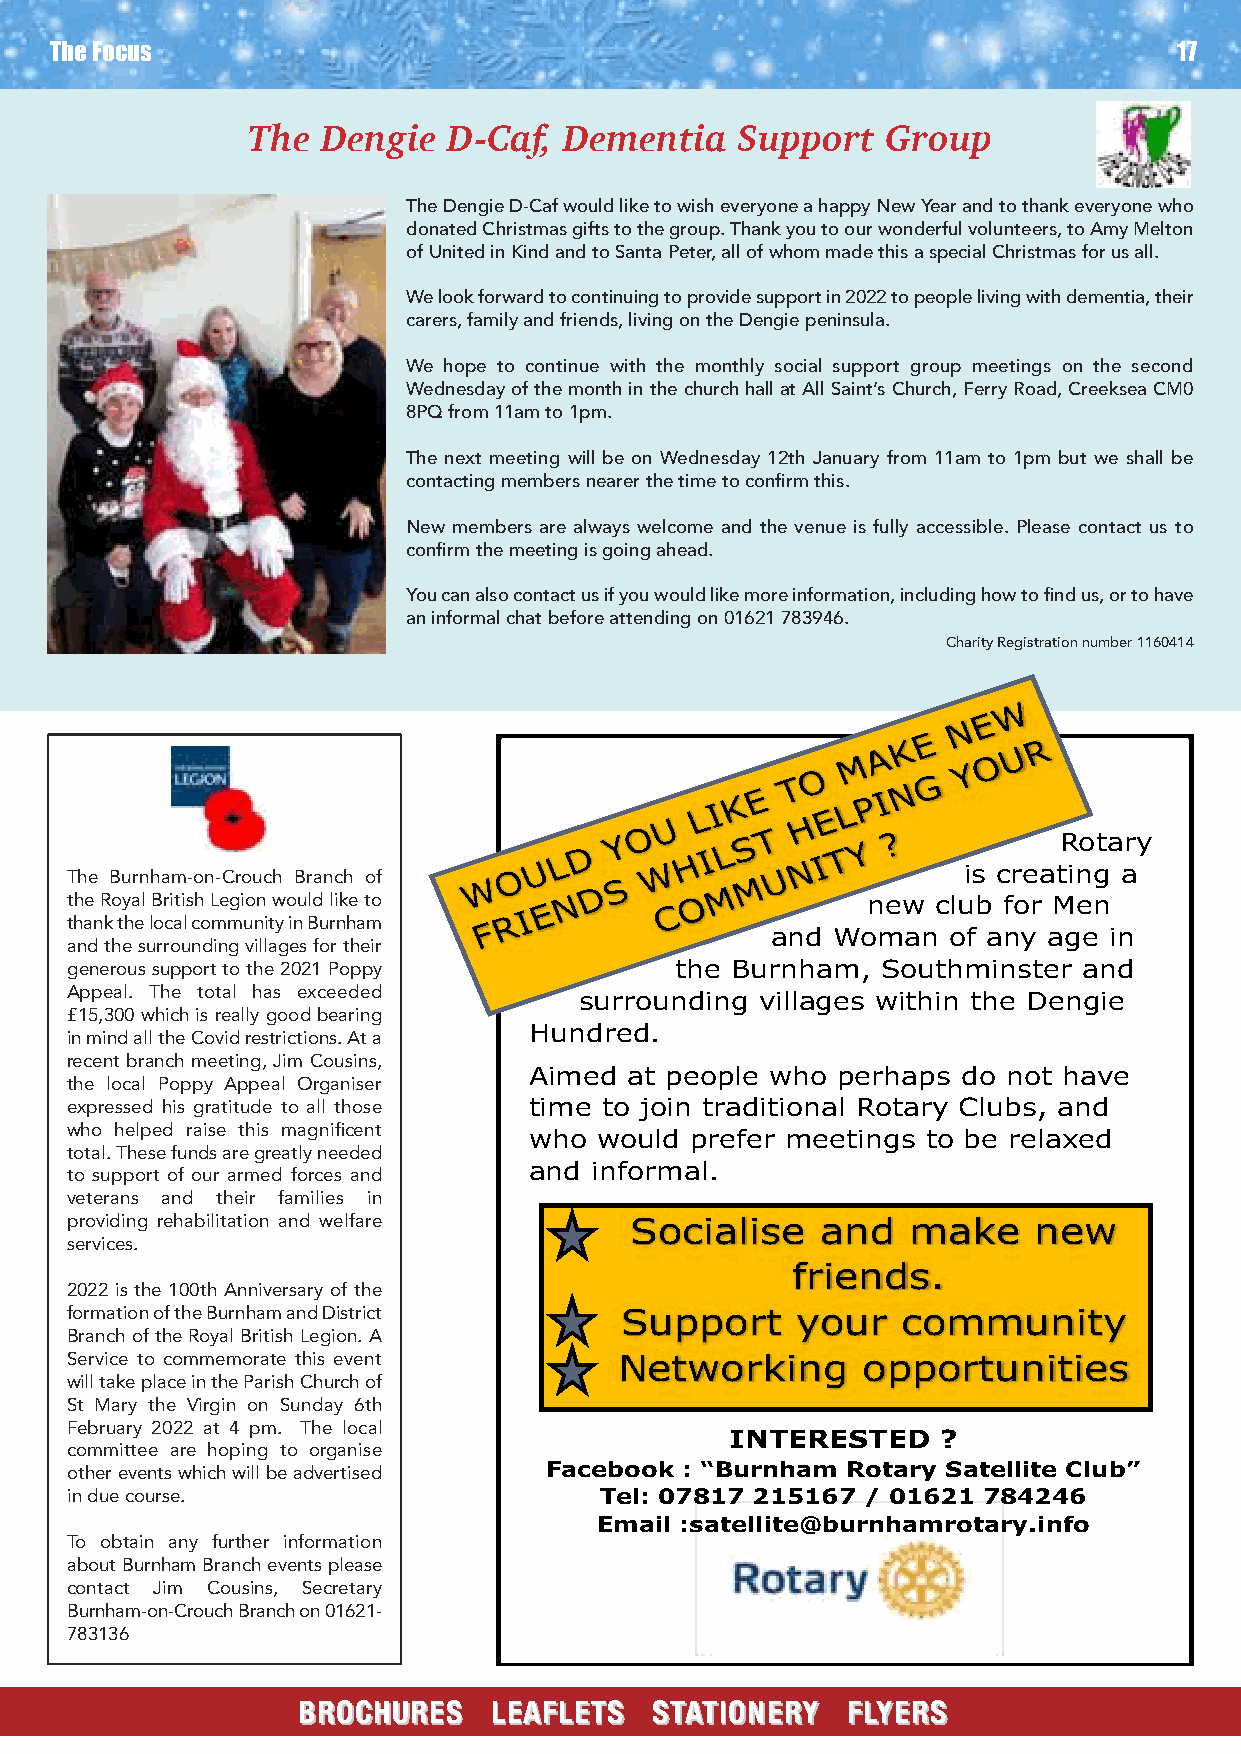
The Focus                                                                  17
 The  Dengie   D-Caf, Dementia    Support   Group
 The Dengie D-Caf would like to wish everyone a happy New Year and to thank everyone who
 donated Christmas gifts to the group. Thank you to our wonderful volunteers, to Amy Melton
 of United in Kind and to Santa Peter, all of whom made this a special Christmas for us all.
 We look forward to continuing to provide support in 2022 to people living with dementia, their
 carers, family and friends, living on the Dengie peninsula.
 We hope to continue with the monthly social support group meetings on the second
 Wednesday of the month in the church hall at All Saint’s Church, Ferry Road, Creeksea CM0
 8PQ from 11am to 1pm.
 The next meeting will be on Wednesday 12th January from 11am to 1pm but we shall be
 contacting members nearer the time to confirm this.
 New members are always welcome and the venue is fully accessible. Please contact us to
 confirm the meeting is going ahead.
 You can also contact us if you would like more information, including how to find us, or to have
 an informal chat before attending on 01621 783946.
 Charity Registration number 1160414
 Rotary
 is creating a
 The Burnham-on-Crouch Branch of
 the Royal British Legion would like to               new  club for Men
 thank the local community in Burnham
 and Woman   of any age in
 and the surrounding villages for their
 generous support to the 2021 Poppy       the Burnham, Southminster  and
 Appeal. The total has exceeded    surrounding villages within the Dengie
 £15,300 which is really good bearing
 Hundred.
 in mind all the Covid restrictions. At a
 recent branch meeting, Jim Cousins,
 Aimed  at people who perhaps do not have
 the local Poppy Appeal Organiser
 expressed his gratitude to all those time to join traditional Rotary Clubs, and
 who helped raise this magnificent
 who  would prefer meetings to be relaxed
 total. These funds are greatly needed
 and informal.
 to support of our armed forces and
 veterans and their families in
 providing rehabilitation and welfare  Socialise   and   make    new
 services.
 friends.
 2022 is the 100th Anniversary of the
 formation of the Burnham and District Support    your   community
 Branch of the Royal British Legion. A
 Service to commemorate this event    Networking      opportunities
 will take place in the Parish Church of
 St Mary the Virgin on Sunday 6th
 February 2022 at 4 pm. The local
 INTERESTED    ?
 committee are hoping to organise
 other events which will be advertised Facebook : “Burnham Rotary Satellite Club”
 in due course.                      Tel: 07817 215167 / 01621 784246
 Email :satellite@burnhamrotary.info
 To obtain any further information
 about Burnham Branch events please
 contact Jim Cousins, Secretary
 Burnham-on-Crouch Branch on 01621-
 783136
 BBRROOCCHHUURREESS LLEEAAFFLLEETTSS SSTTAATTIIOONNEERRYY FFLLYYEERRSS